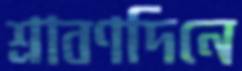
শ্রাবণদিনে